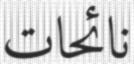
نائحات